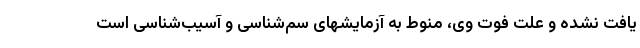
یافت نشده و علت فوت وی، منوط به آزمایشهای سم‌شناسی و آسیب‌شناسی است